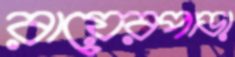
রায়েরপাড়া